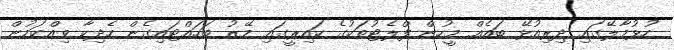
ހުޅުމާލޭގައި ދިރިއުޅޭ ބައެއް މީހުން ފްލެޓުތަކުގެ ކައިރީގައި މޭޒު ބަހައްޓައިގެން ހެދިކާ ވިއްކަމުން